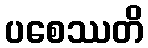
ပစေဿတိ